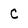
Character: C